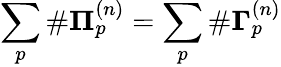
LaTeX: \sum_{p}\# \mathbf{\Pi}_{p}^{(n)}=\sum_{p}\# \mathbf{\Gamma}_{p}^{(n)}